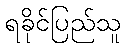
ရခိုင်ပြည်သူ